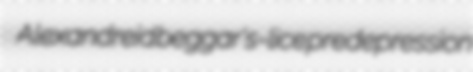
Alexandreid beggar's-lice predepression